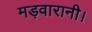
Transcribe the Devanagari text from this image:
मड़वारानी।